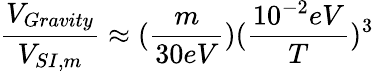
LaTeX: {\frac{V_{Gravity}}{V_{SI,m}}}\approx({\frac{m}{30eV}})({\frac{10^{-2}eV}{T}})^{3}